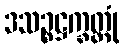
ဒသဉ္စဋ္ဌက္ခတ္ထုံ